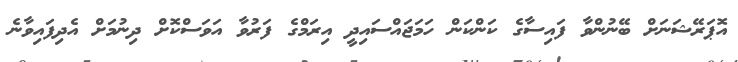
އޮޕަރޭޝަނަށް ބޭނުންވާ ފައިސާގެ ކަންކަން ހަމަޖައްސައިދީ އިރަމްގެ ފަރުވާ އަވަސްކޮށް ދިނުމަށް އެދިފައިވާނެ